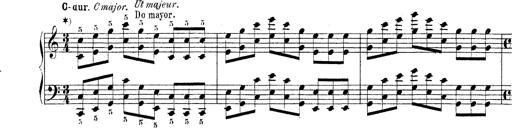
Title: Technische Studien
Composer: Franz Liszt